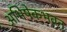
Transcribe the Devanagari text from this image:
अभिषेकभवन